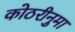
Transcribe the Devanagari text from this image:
कोठरीनुमा